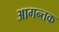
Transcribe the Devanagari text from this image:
आगन्तक